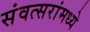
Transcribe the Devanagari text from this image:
संवत्सरांमध्ये